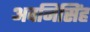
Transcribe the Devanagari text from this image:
अवनिसिंह